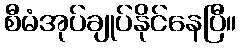
စီမံအုပ်ချုပ်နိုင်နေပြီ။